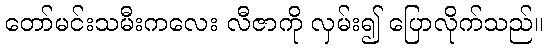
တော်မင်းသမီးကလေး လီဇာကို လှမ်း၍ ပြောလိုက်သည်။